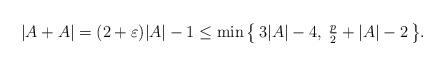
LaTeX: \begin{align*}|A+A| = (2+\varepsilon)|A|-1 \leq \min\big\{\,3|A|-4, \; \tfrac{p}{2}+|A|-2\,\big\}.\end{align*}